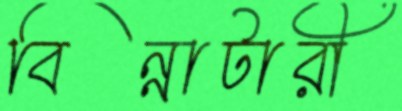
বিন্নাটারী